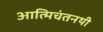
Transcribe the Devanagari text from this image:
आत्मिचंतनथी